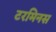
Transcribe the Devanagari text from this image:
टरमिनस